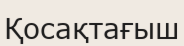
Қосақтағыш